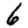
Digit: 6